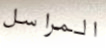
المراسل